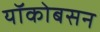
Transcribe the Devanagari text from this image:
यॉकोबसन